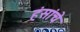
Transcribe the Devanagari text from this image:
हंसांचे